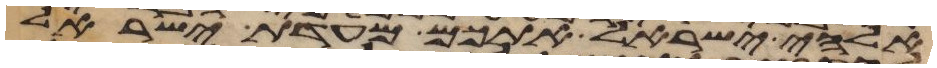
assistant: אלהי ישראל אתכם מעדת ישראל